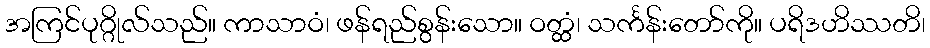
အကြင်ပုဂ္ဂိုလ်သည်။ ကာသာဝံ၊ ဖန်ရည်စွန်းသော။ ဝတ္ထံ၊ သင်္ကန်းတော်ကို။ ပရိဒဟိဿတိ၊